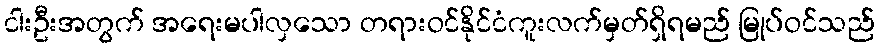
ငါးဦးအတွက် အရေးမပါလှသော တရားဝင်နိုင်ငံကူးလက်မှတ်ရှိရမည် မြုပ်ဝင်သည်